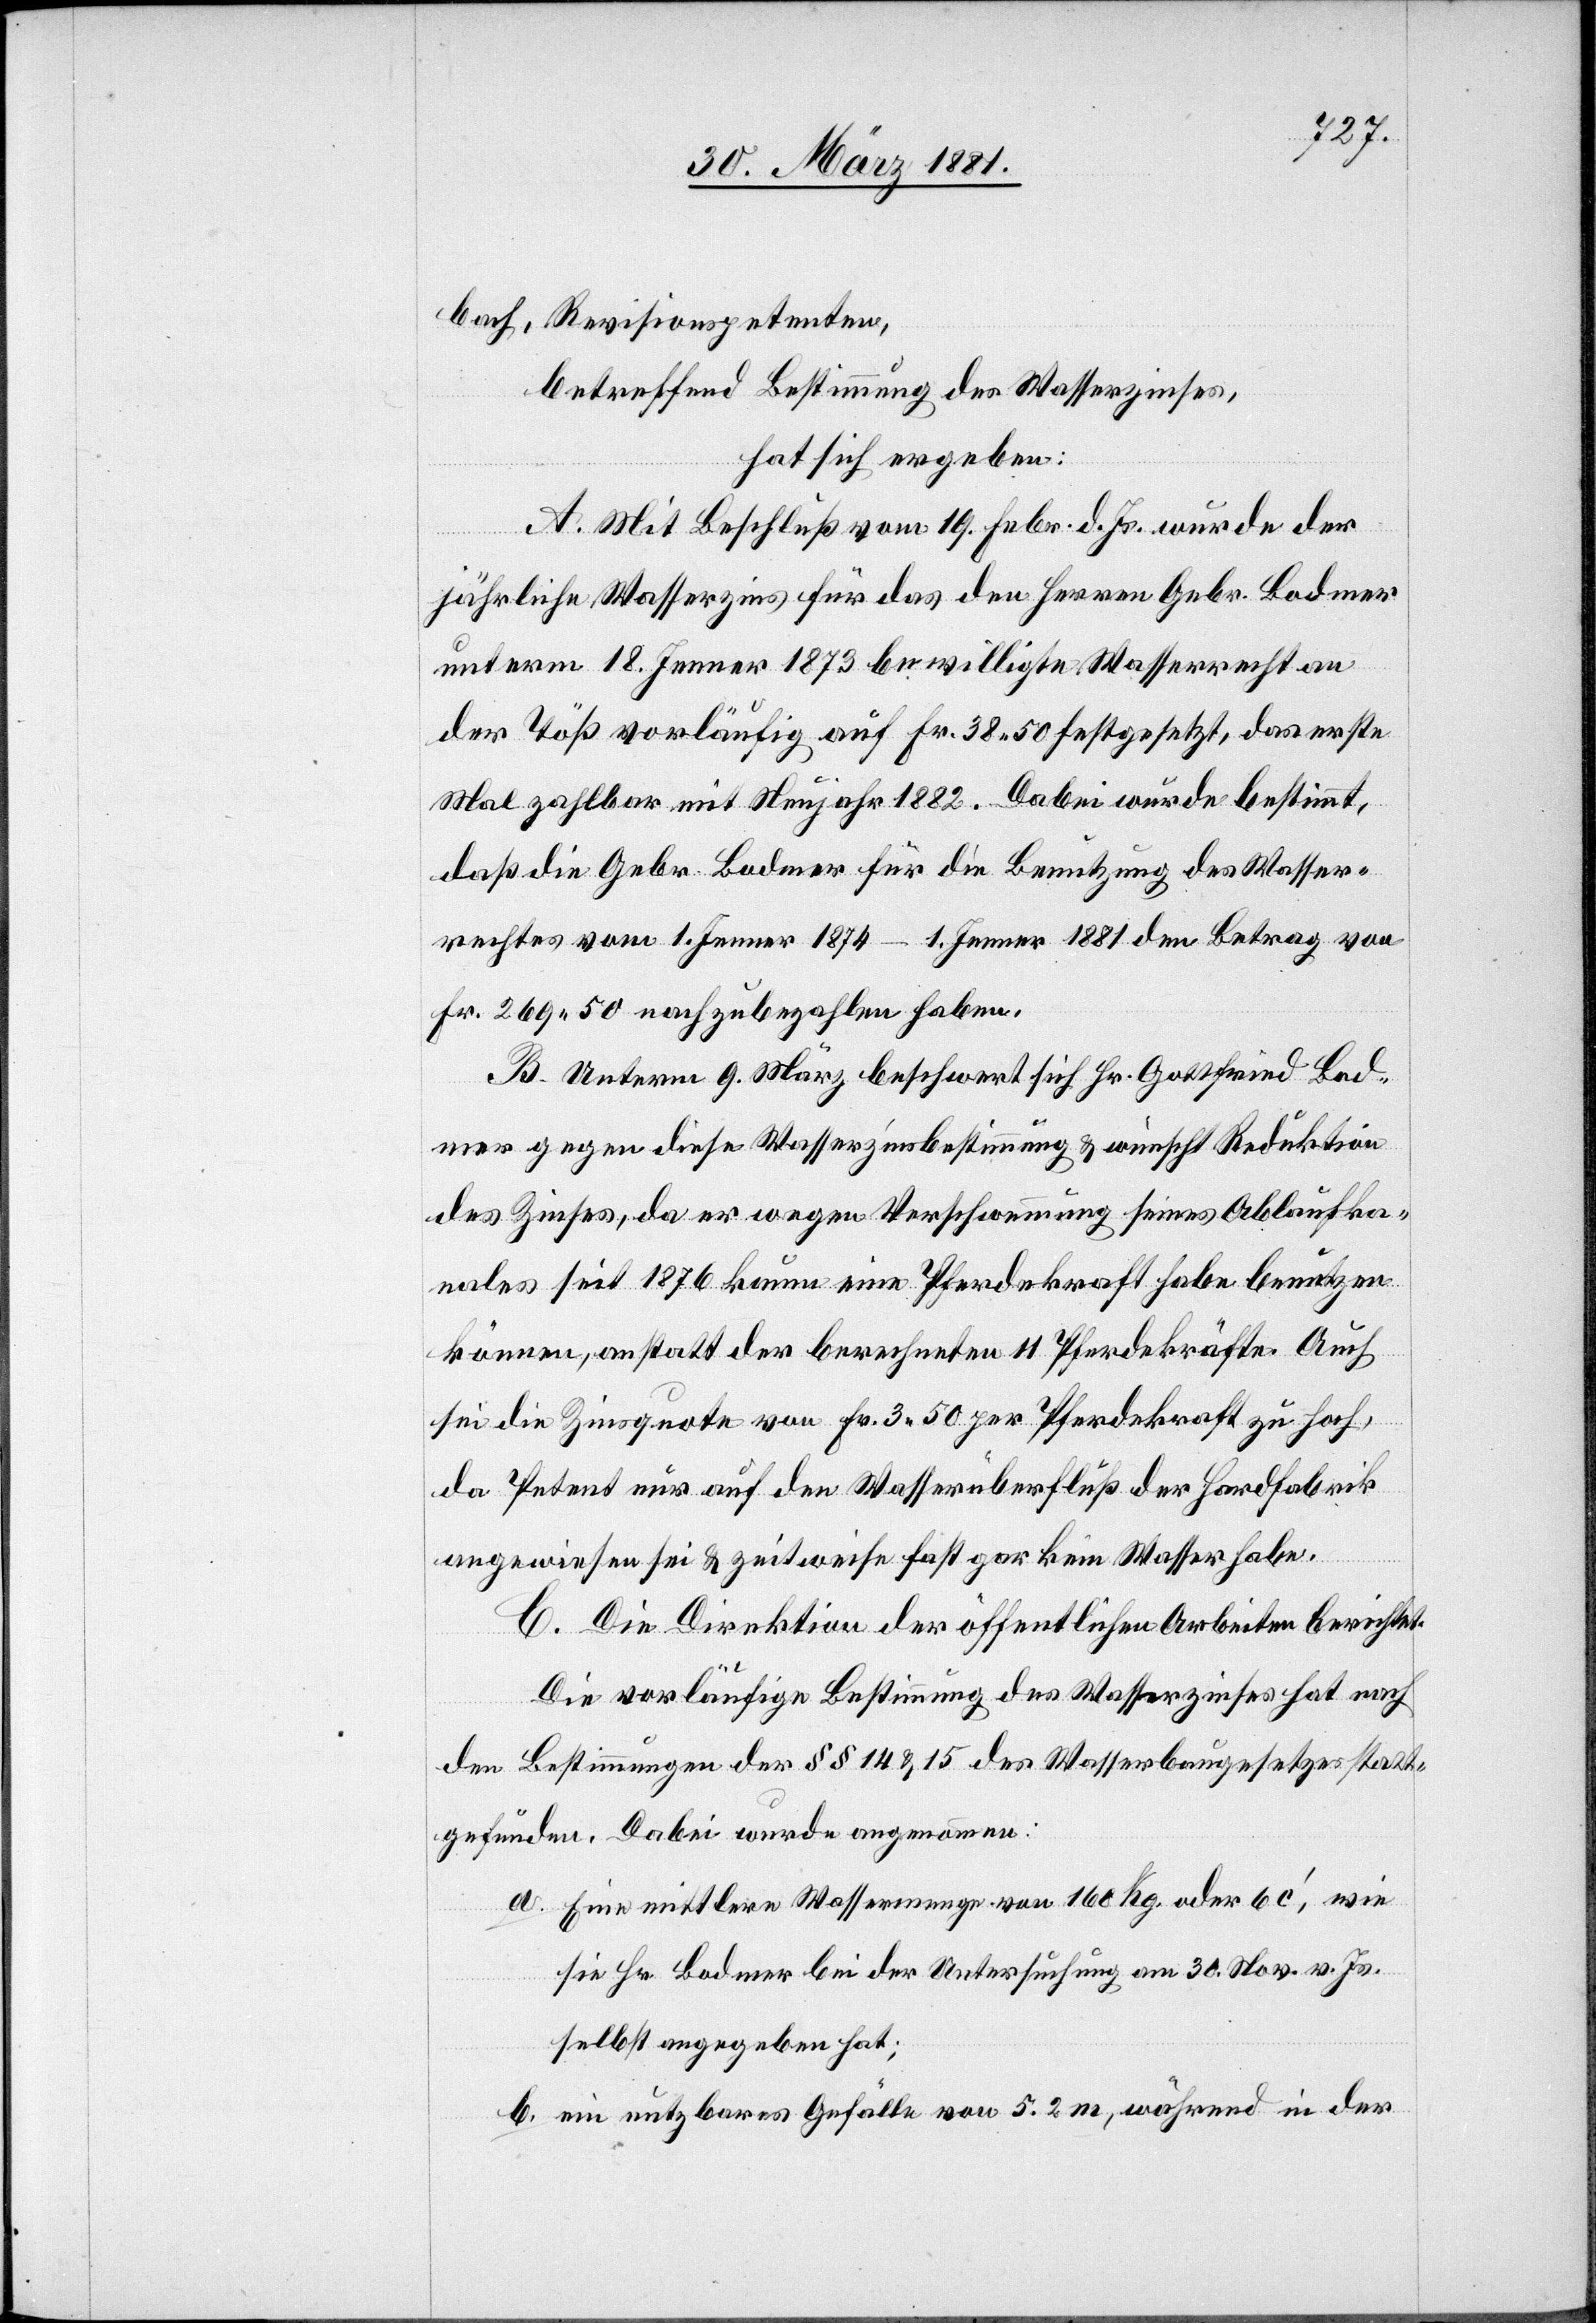
bach, Revisionspetenten,
betreffend Bestimmung des Wasserzinses,
hat sich ergeben:
A. Mit Beschluß vom 19. Febr. d. Js. wurde der
jährliche Wasserzins für das den Herren Gebr. Bodmer
unterm 18. Jenner 1873 bewilligte Wasserrecht an
der Töß vorläufig auf Fr. 38 50 festgesetzt, das erste
Mal zahlbar mit Neujahr 1882. Dabei wurde bestimmt,
daß die Gebr. Bodmer für die Benutzung des Wasser¬
rechtes vom 1. Jenner 1874–1. Jenner 1881 den Betrag von
Fr. 269 50 nachzubezahlen haben.
B. Unterm 9. März beschwert sich Hr. Gottfried Bod¬
mer gegen diese Wasserzinsbestimmung & wünscht Reduktion
des Zinses, da er wegen Verschwemmung seines Ablaufka¬
nales seit 1876 kaum eine Pferdekraft habe benutzen
können, anstatt der berechneten 11 Pferdekräfte. Auch
sei die Zinsquote von Fr. 3 50 per Pferdekraft zu hoch,
da Petent nur auf den Wasserüberfluß der Hardfabrik
angewiesen sei & zeitweise fast gar kein Wasser habe.
C. Die Direktion der öffentlichen Arbeiten berichtet:
Die vorläufige Bestimmung des Wasserzinses hat nach
den Bestimmungen der §§ 14 & 15 des Wasserbaugesetzes statt¬
gefunden. Dabei wurde angenommen:
a. Eine mittlere Wassermenge von 160 kg. oder 6 c‘, wie
sie Hr. Bodmer bei der Untersuchung am 30. Nov. v. Js.
selbst angegeben hat;
b. ein nutzbares Gefälle von 5.2 m, während in der